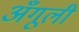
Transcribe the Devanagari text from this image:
अँगूली